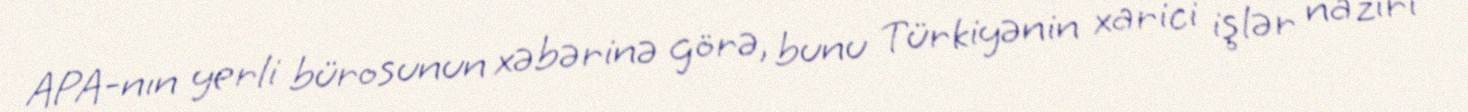
APA-nın yerli bürosunun xəbərinə görə, bunu Türkiyənin xarici işlər naziri